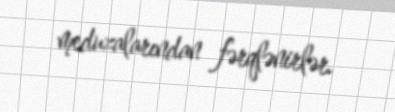
meduzalarından fərqlənirlər.